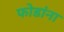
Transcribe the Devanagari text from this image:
फोडांना